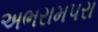
અભરામપરા